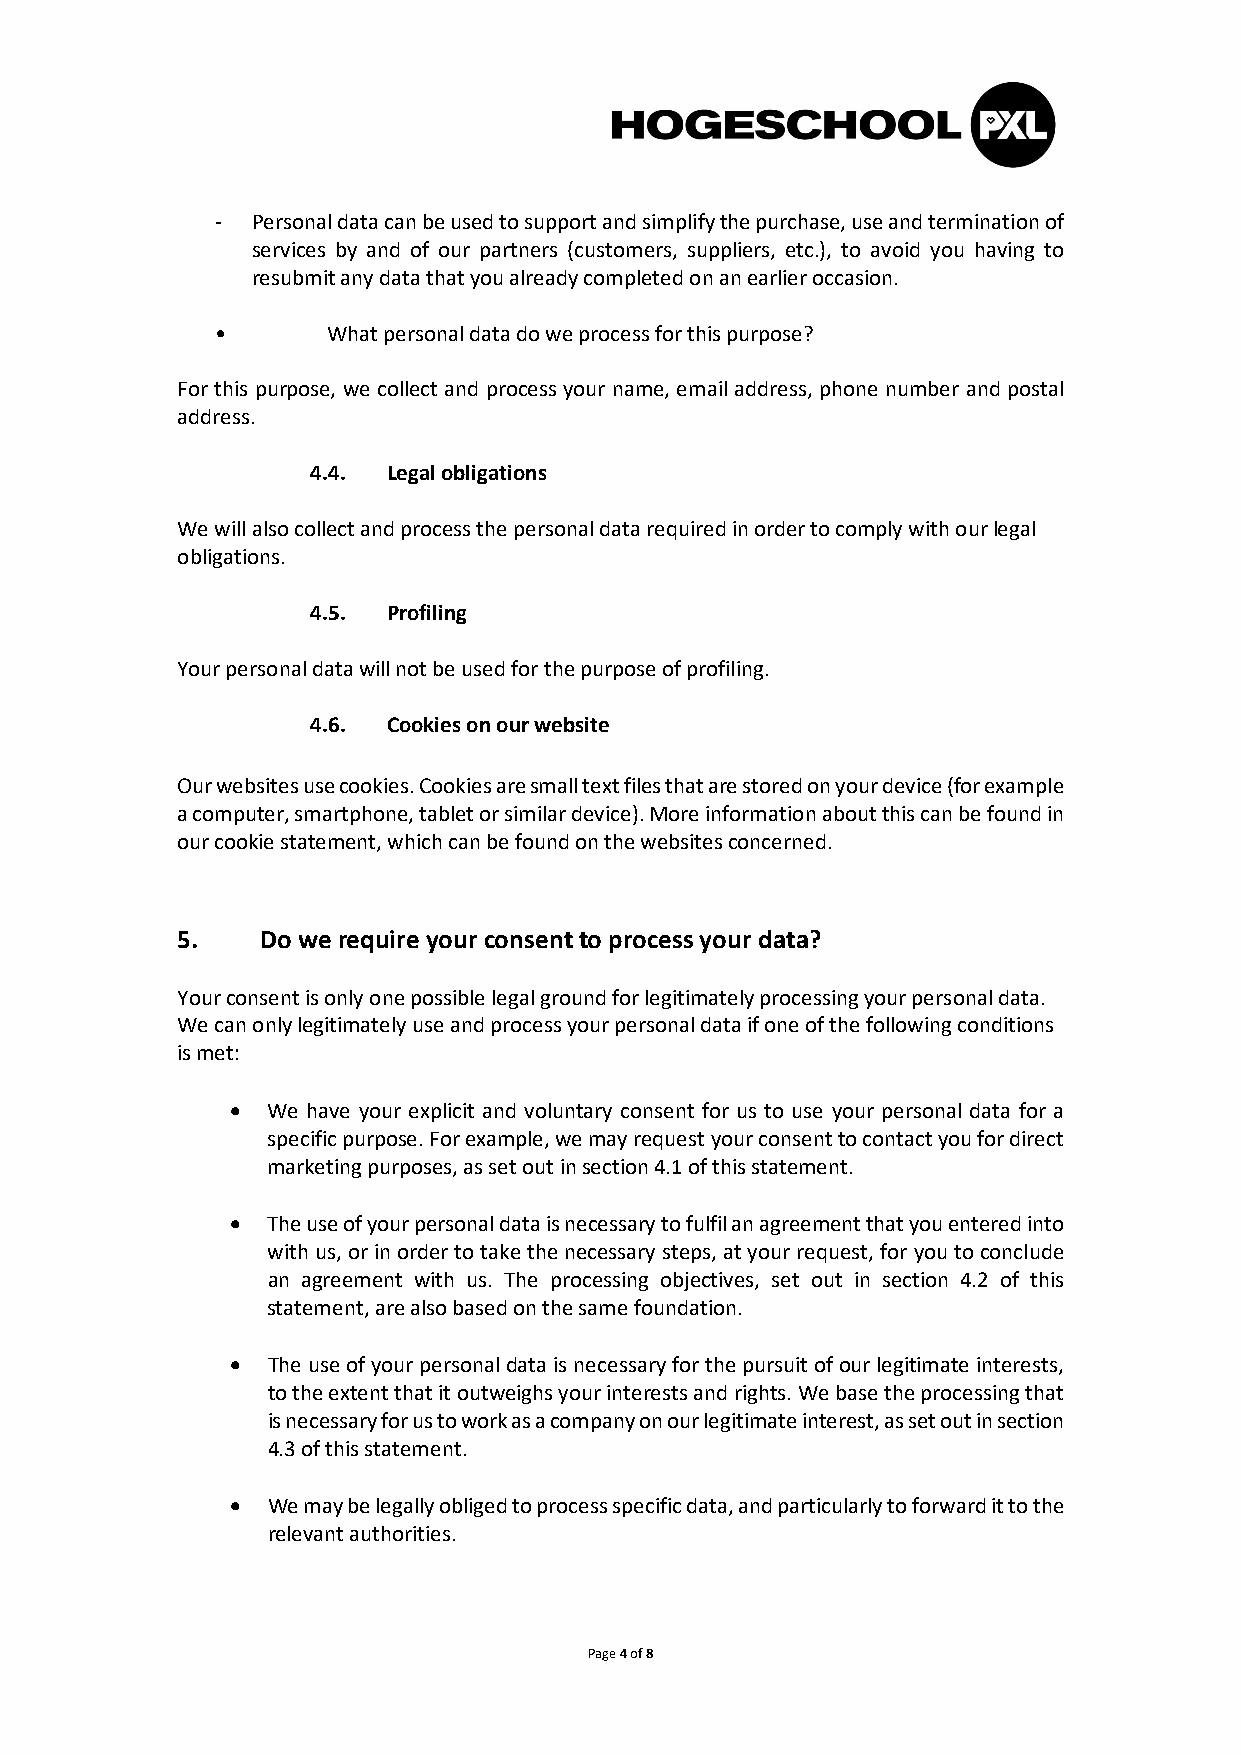
-  Personal data can be used to support and simplify the purchase, use and termination of
 services by and of our partners (customers, suppliers, etc.), to avoid you having to
 resubmit any data that you already completed on an earlier occasion.
 •       What personal data do we process for this purpose?
 For this purpose, we collect and process your name, email address, phone number and postal
 address.
 4.4. Legal obligations
 We will also collect and process the personal data required in order to comply with our legal
 obligations.
 4.5. Profiling
 Your personal data will not be used for the purpose of profiling.
 4.6. Cookies on our website
 Our websites use cookies. Cookies are small text files that are stored on your device (for example
 a computer, smartphone, tablet or similar device). More information about this can be found in
 our cookie statement, which can be found on the websites concerned.
 5.   Do we require your consent to process your data?
 Your consent is only one possible legal ground for legitimately processing your personal data.
 We can only legitimately use and process your personal data if one of the following conditions
 is met:
 •  We have your explicit and voluntary consent for us to use your personal data for a
 specific purpose. For example, we may request your consent to contact you for direct
 marketing purposes, as set out in section 4.1 of this statement.
 •  The use of your personal data is necessary to fulfil an agreement that you entered into
 with us, or in order to take the necessary steps, at your request, for you to conclude
 an agreement with us. The processing objectives, set out in section 4.2 of this
 statement, are also based on the same foundation.
 •  The use of your personal data is necessary for the pursuit of our legitimate interests,
 to the extent that it outweighs your interests and rights. We base the processing that
 is necessary for us to work as a company on our legitimate interest, as set out in section
 4.3 of this statement.
 •  We may be legally obliged to process specific data, and particularly to forward it to the
 relevant authorities.
 Page 4 of 8